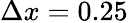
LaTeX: \Delta x=0.25